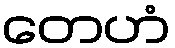
တေဟံ